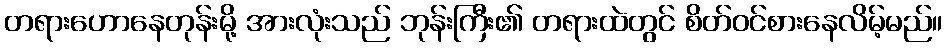
တရားဟောနေတုန်းမို့ အားလုံးသည် ဘုန်းကြီး၏ တရားထဲတွင် စိတ်ဝင်စားနေလိမ့်မည်။